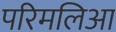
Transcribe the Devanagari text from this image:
परिमलिआ